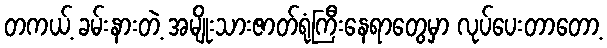
တကယ့် ခမ်းနားတဲ့ အမျိုးသားဇာတ်ရုံကြီးနေရာတွေမှာ လုပ်ပေးတာတော့